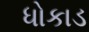
ધોકાડ